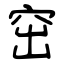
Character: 窋